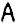
A